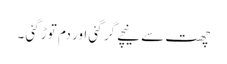
چھت سے نیچے گر گئی اور دم توڑ گئی ۔